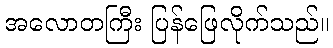
အလောတကြီး ပြန်ဖြေလိုက်သည်။